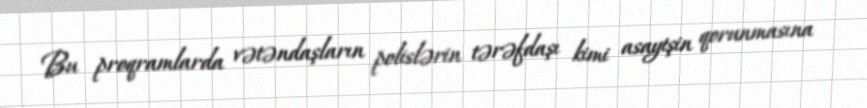
Bu proqramlarda vətəndaşların polislərin tərəfdaşı kimi asayişin qorunmasına